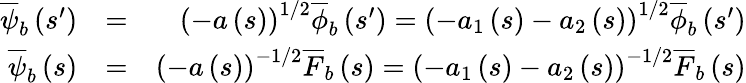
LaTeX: \begin{array}{rlr}{\overline{{\psi}}_{b}\left(s^{\prime}\right)}&{=}&{\left(-a\left(s\right)\right)^{1/2}\overline{{\phi}}_{b}\left(s^{\prime}\right)=\left(-a_{1}\left(s\right)-a_{2}\left(s\right)\right)^{1/2}\overline{{\phi}}_{b}\left(s^{\prime}\right)}\\ {\overline{{\psi}}_{b}\left(s\right)}&{=}&{\left(-a\left(s\right)\right)^{-1/2}\overline{{F}}_{b}\left(s\right)=\left(-a_{1}\left(s\right)-a_{2}\left(s\right)\right)^{-1/2}\overline{{F}}_{b}\left(s\right)}\end{array}